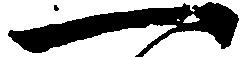
一